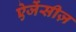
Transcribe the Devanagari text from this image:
ऐजेंसीज़